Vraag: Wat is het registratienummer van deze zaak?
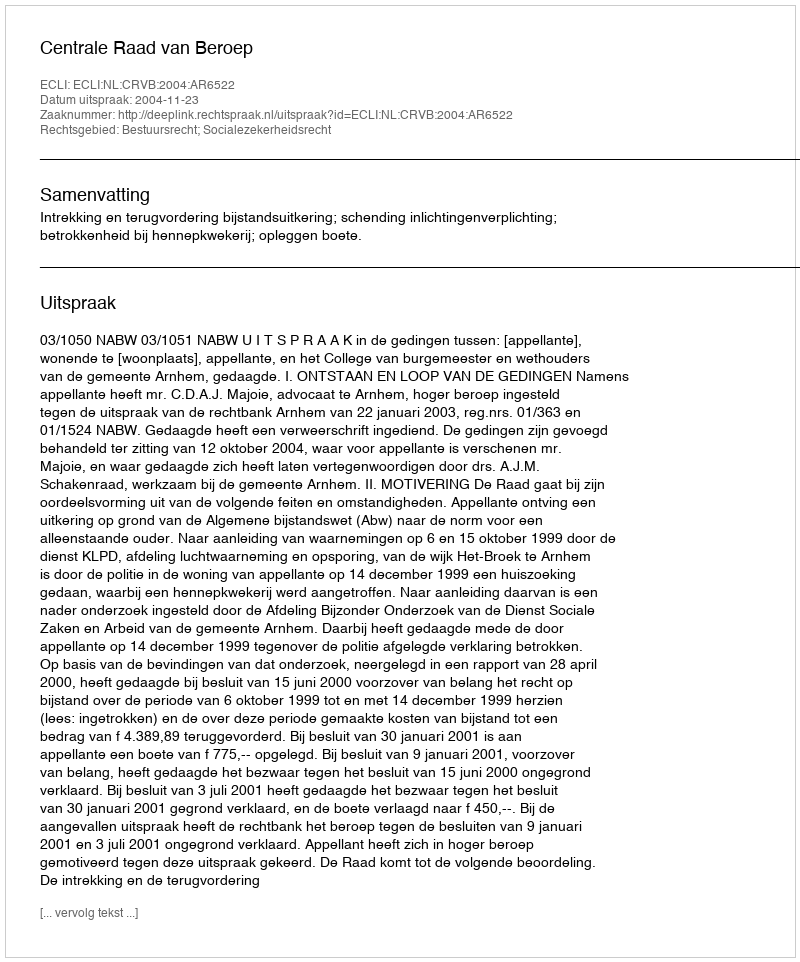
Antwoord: http://deeplink.rechtspraak.nl/uitspraak?id=ECLI:NL:CRVB:2004:AR6522